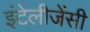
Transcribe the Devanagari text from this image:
इंटेलीजेंसी